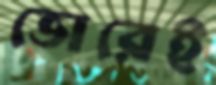
ভোরেই